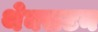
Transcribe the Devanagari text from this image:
थेक्सटन